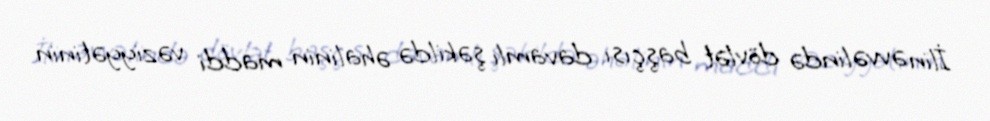
İlin əvvəlində dövlət başçısı davamlı şəkildə əhalinin maddi vəziyyətinin